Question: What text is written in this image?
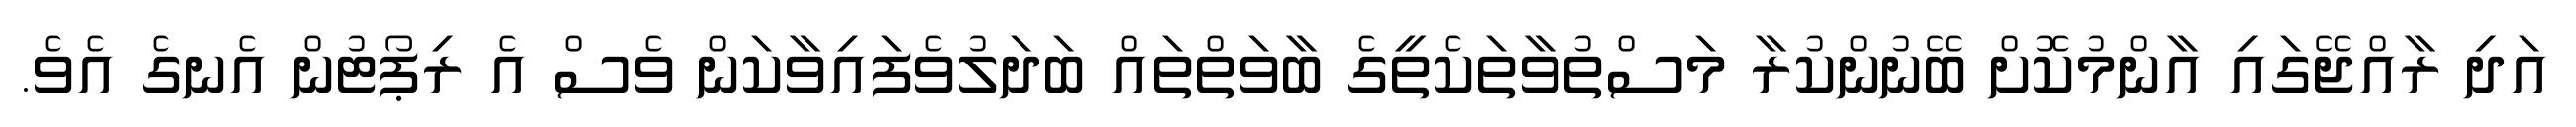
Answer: އަދި ރާއްޖޭގައި އާންމުކޮށް ބޭނުންކުރާ މަސްތުވާތަކެތީގެ ބާވަތްތައް ބަދަލުވެފައިވާކަން ވެސް އެ ރިޕޯޓުން އެނގެ އެވެ.